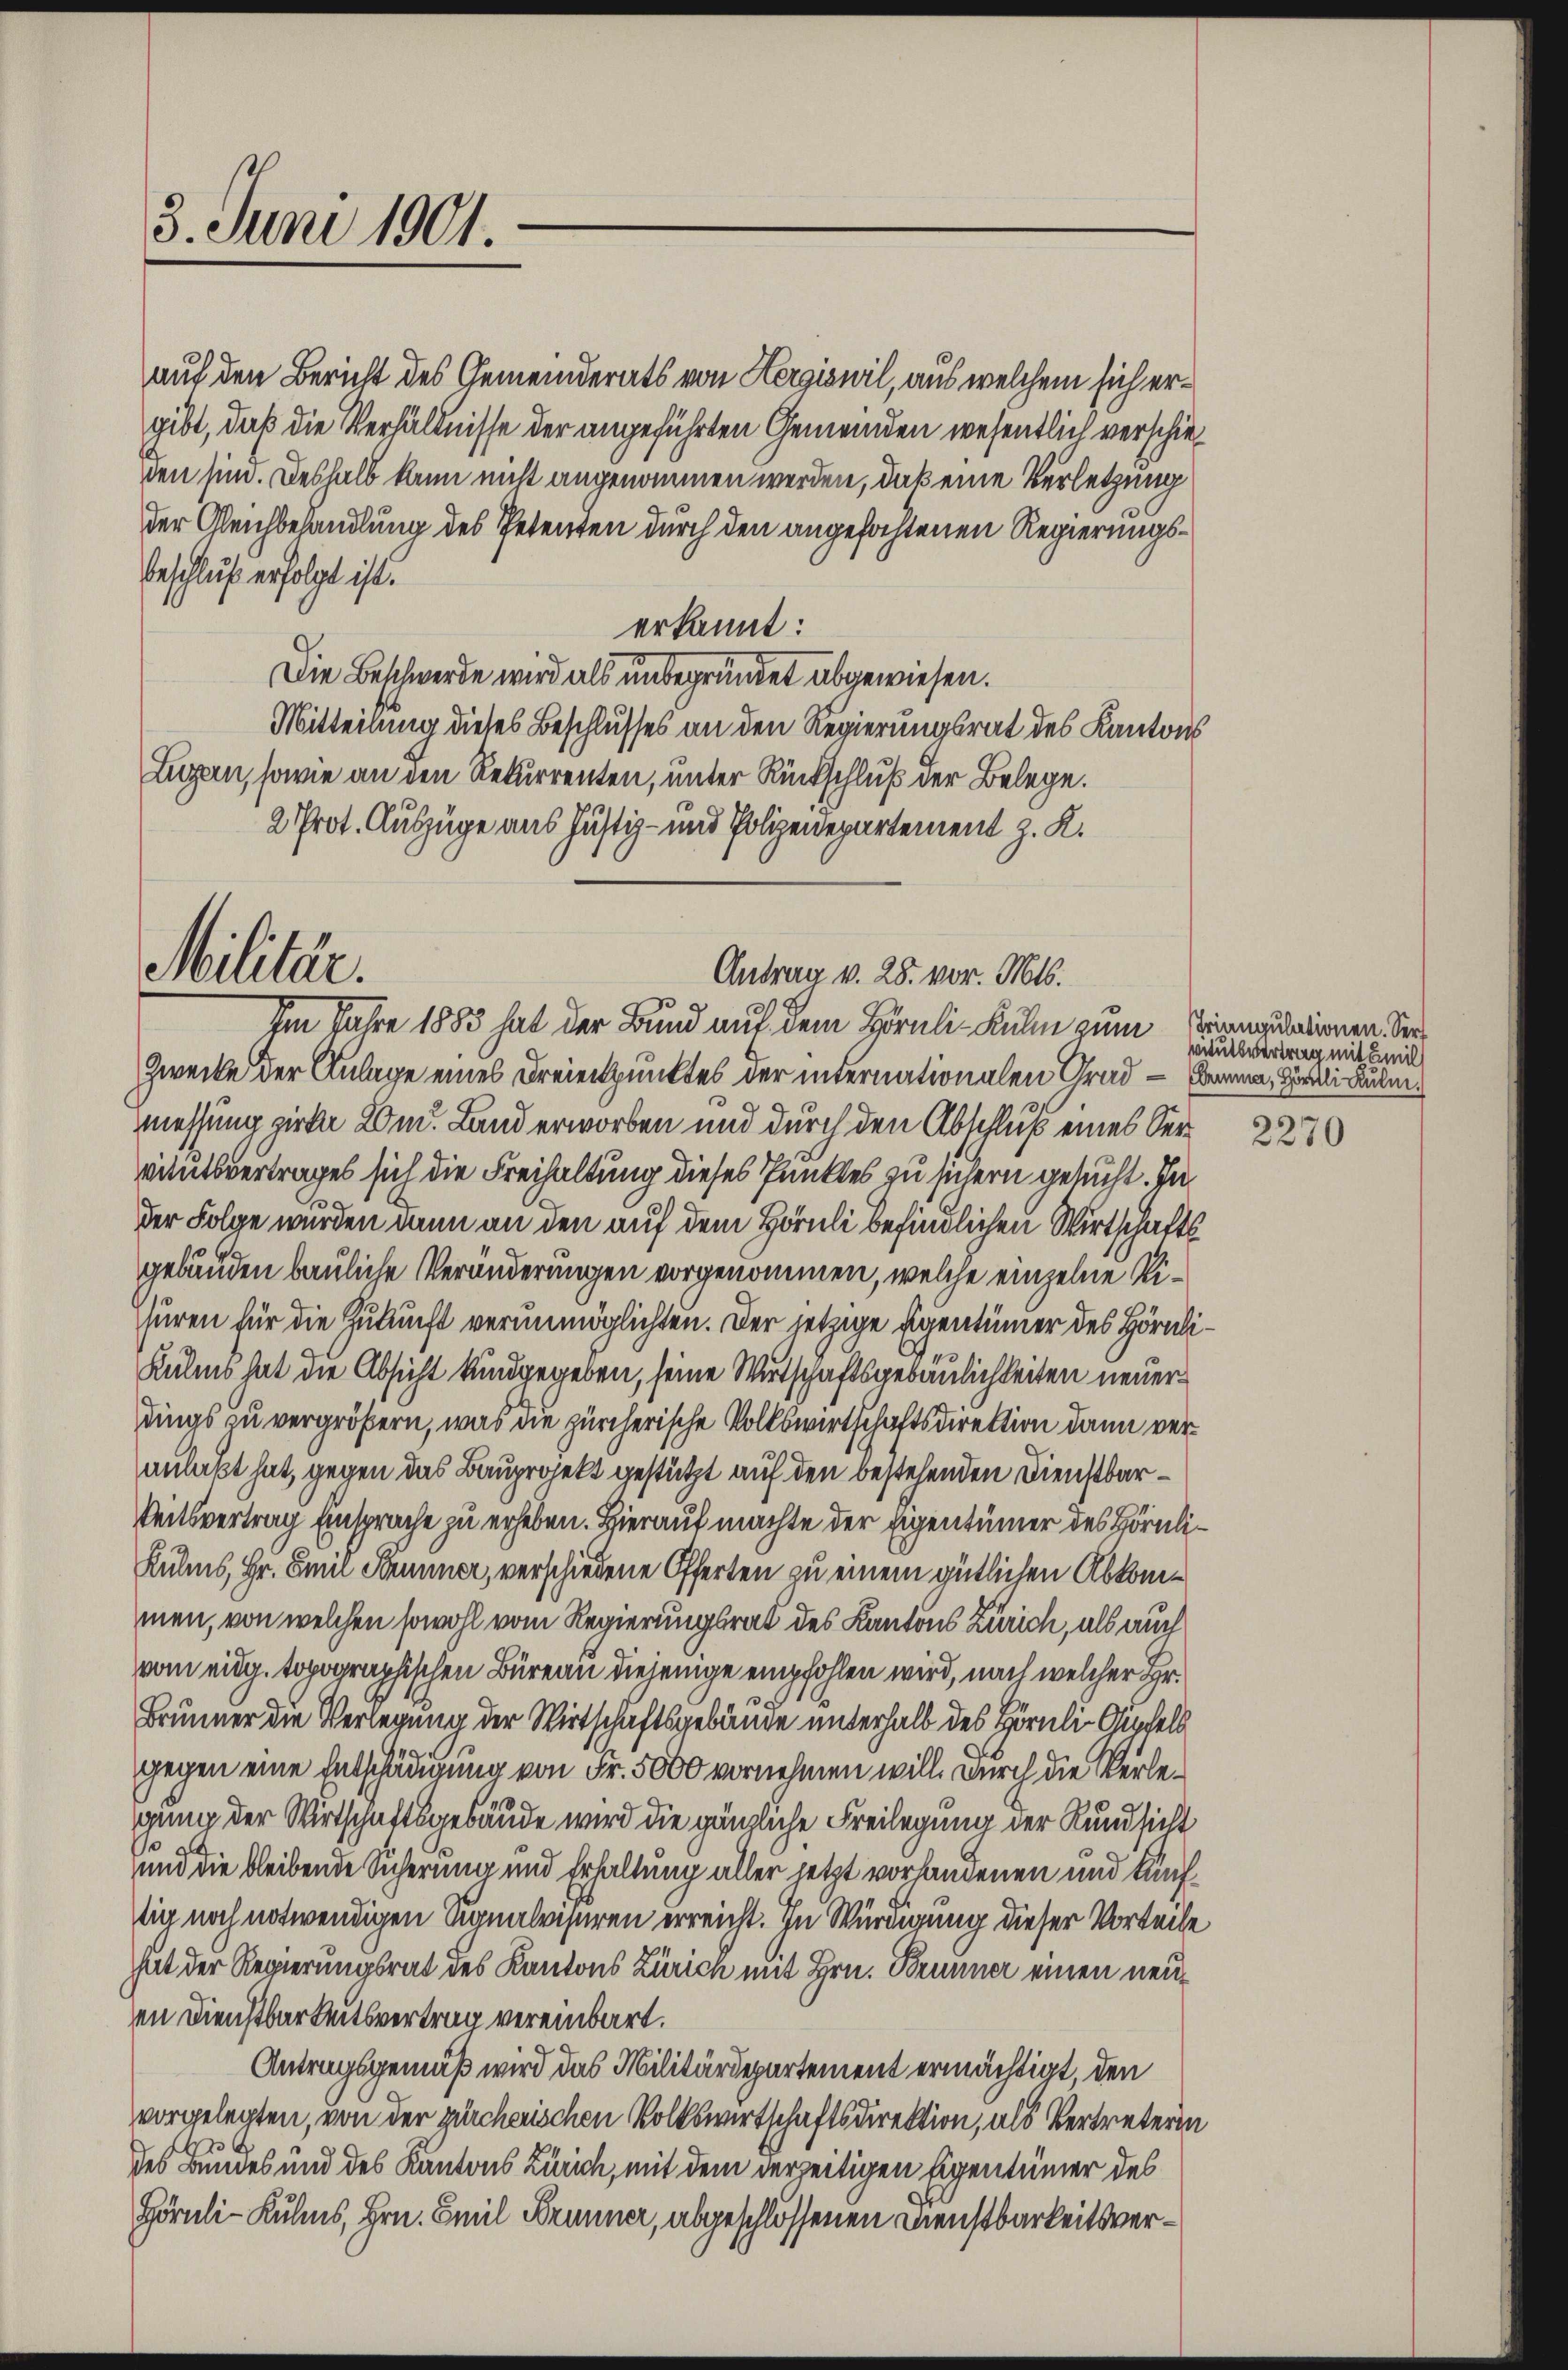
3. Juni 1901.

Militär.

auf den Bericht des Gemeinderats von Hergiswil, aus welchem sich ergibt, daß die Verhältnisse der angeführten Gemeinden wesentlich verschieden sind. Deshalb kann nicht angenommen werden, daß eine Verletzung
der Gleichbehandlung des Petenten durch den angefochtenen Regierungs¬
Beschluß erfolgt ist.
erkannt:
Die Beschwerde wird als unbegründet abgewiesen.
Mitteilung dieses Beschlusses an den Regierungsrat des Kantons
Luzern, sowie an den Rekurrenten, unter Rückschluß der Belege.
2 Prot. Auszüge aus Justiz- und Polizeidepartement z. K.

Antrag v. 28. vor. Mts.

Im Jahre 1883 hat der Bund auf dem Hörnli Kulm zum Prinziationen See
Zwecke der Anlage eines Dreienpunktes der internationalen Grad - Emma, Gösli Kulm.
messung zirke And. Land erworben und durch den Abschluß eines Vervitutsvertrages sich die Freihaltung dieses Punktes zu sichern gesucht. In
der Folge wurden wenn an den auf dem Hörnli befindlichen Wirtschaftsgebäuden bauliche Veränderungen vorgenommen, welche einzelne Si¬
Thüren für die Zukunft verunmöglichten. Der jetzige Eigentümer des Hörnli¬
Kules hat die Absicht kundgegeben, seine Wirtschaftsgebäulichkeiten neuerdings zu vergrößern, was die zürcherische Volkswirtschaftsdirektion dann veranlaßt hat, gegen das Bauprojekt gestützt auf den bestehenden Dienstbarkeitsvertrag Einsprache zu erheben. Hierauf machte der Eigentümer des Hörnli¬
Kuls, Hr. Emil Sonner, verschiedene Offerten zu einem gütlichen Abkommen, von welchen sowohl vom Regierungsrat des Kantons Zürich, als auch
vom eidg. topographischen Büreau diejenige empfohlen wird, nach welcher Hr.
Brunner die Verlegung der Wirtschaftsgebäude unterhalb des Hörnli-Günchels
gegen eine Entschädigung von Fr. 5000 vornehmen will. Durch die Verlegung der Wirtschaftsgebäude wird die gänzliche Freilegung der Rundsicht
und die bleibende Sicherung und Erhaltung aller jetzt vorhandenen und künflich noch notwendigen Signalvisuren erreicht. In Würdigung dieser Vorteile
hut der Regierungsrat des Kantons Zürich mit Hrn. Brunner einen neuen Dienstbarkeitsvertrag vereinbart.
Antragsgemäß wird das Militärdepartement ermächtigt, den
vorgelegten, von der zürcherischen Volkswirtschaftsdirektion, als Vertreterin
des Bundes und des Kantons Zürich, mit dem derseitigen Eigentümer des
Hörnli-Kulms, Hrn. Emil Brunner, abgeschlossenen Dienstbarkeitsver¬

vitutsvertrag mit Emil

2270